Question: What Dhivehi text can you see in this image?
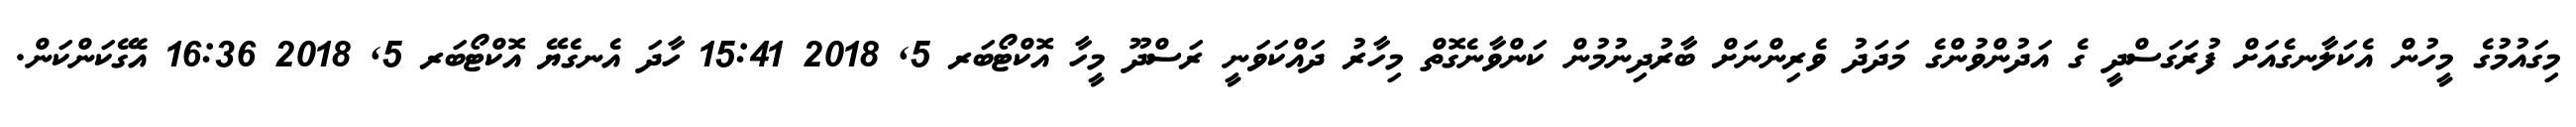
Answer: މިގައުމުގެ މީހުން އެކަލާނގެއަށް ފުރަގަސްދީ ގެ އަދުންވުންގެ މަދަދު ވެރިންނަށް ބާރުދިނުމުން ކަންވާނެގޮތް މިހާރު ދައްކަވަނީ ރަސްދޫ މީހާ އޮކްޓޯބަރ 5, 2018 15:41 ހާދަ އެނގެޔޭ އޮކްޓޯބަރ 5, 2018 16:36 އެގޭކަންކަން.